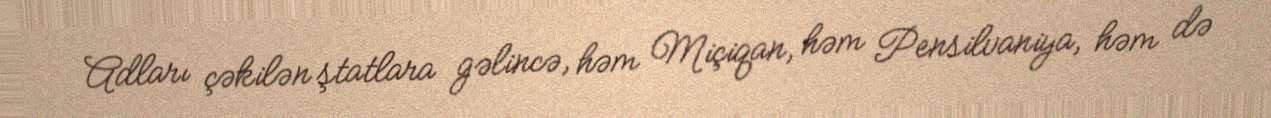
Adları çəkilən ştatlara gəlincə, həm Miçiqan, həm Pensilvaniya, həm də